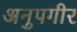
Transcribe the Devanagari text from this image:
अनुपगीर